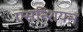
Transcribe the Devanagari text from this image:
एसन्शियन